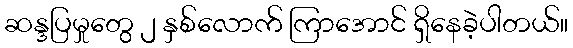
ဆန္ဒပြမှုတွေ ၂ နှစ်လောက် ကြာအောင် ရှိနေခဲ့ပါတယ်။